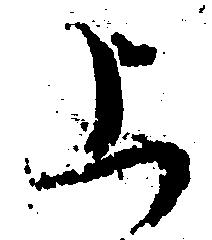
上